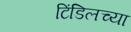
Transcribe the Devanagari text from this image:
टिंडिलच्या